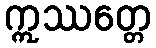
ဣဿတ္တေ